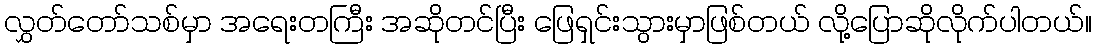
လွှတ်တော်သစ်မှာ အရေးတကြီး အဆိုတင်ပြီး ဖြေရှင်းသွားမှာဖြစ်တယ် လို့ပြောဆိုလိုက်ပါတယ်။